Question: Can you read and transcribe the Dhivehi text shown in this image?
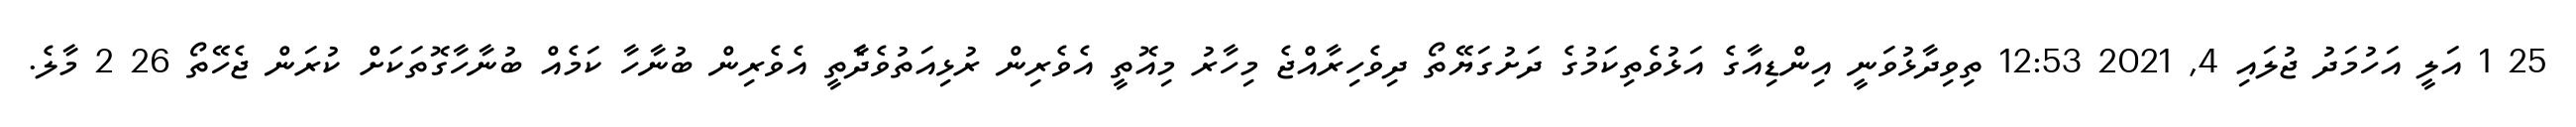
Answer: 25 1 އަލީ އަހުމަދު ޖުލައި 4, 2021 12:53 ތިވިދާޅުވަނީ އިންޑިއާގެ އަޅުވެތިކަމުގެ ދަށުގަޔޭތޯ ދިވެހިރާއްޖެ މިހާރު މިއޮތީ އެވެރިން ރުޅިއަތުވެދާެތީ އެވެރިން ބުނާހާ ކަމެއް ބުނާހާގޮތަކަށް ކުރަން ޖެހޭތޯ 26 2 މާލެ.